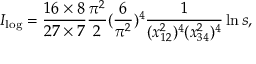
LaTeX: I _ { \log } = \frac { 1 6 \times 8 } { 2 7 \times 7 } \frac { \pi ^ { 2 } } { 2 } ( \frac { 6 } { \pi ^ { 2 } } ) ^ { 4 } \frac { 1 } { ( x _ { 1 2 } ^ { 2 } ) ^ { 4 } ( x _ { 3 4 } ^ { 2 } ) ^ { 4 } } \ln s ,